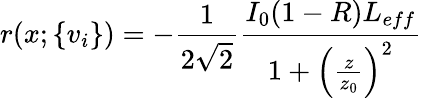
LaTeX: r(x;\{ v_{i}\} )=-\frac{1}{2\sqrt{2}}\frac{I_{0}(1-R)L_{eff}}{1+\left(\frac{z}{z_{0}}\right)^{2}}